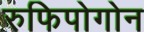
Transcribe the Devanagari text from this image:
रुफिपोगोन